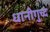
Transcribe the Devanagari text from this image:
धानीगुच्द